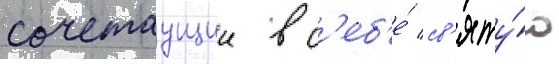
сочетаущии в с'еб'е́ св'яту́ю